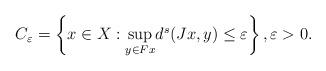
LaTeX: \begin{align*}C_\varepsilon= \left\lbrace x \in X: \underset{y\in Fx}{\sup} d^s(Jx,y)\leq \varepsilon \right\rbrace, \varepsilon>0.\end{align*}